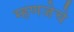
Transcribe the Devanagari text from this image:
म्हणजेचे